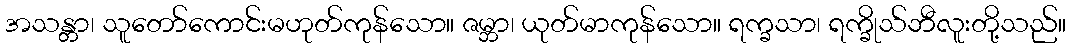
အသန္တာ၊ သူတော်ကောင်းမဟုတ်ကုန်သော။ ဇမ္ဘာ၊ ယုတ်မာကုန်သော။ ရက္ခသာ၊ ရက္ခိုသ်ဘီလူးတို့သည်။